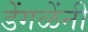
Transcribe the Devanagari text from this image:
डेंगळेंनी